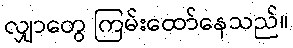
လျှာတွေ ကြမ်းထော်နေသည်။